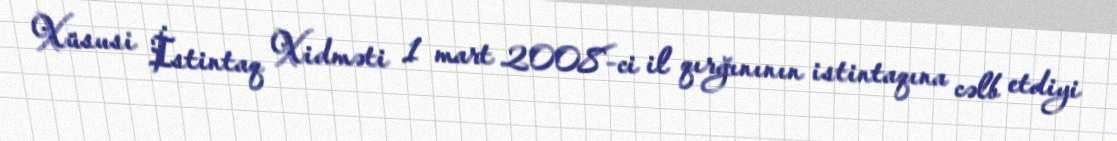
Xüsusi İstintaq Xidməti 1 mart 2008-ci il qırğınının istintaqına cəlb etdiyi